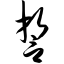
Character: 誓